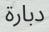
دبارة